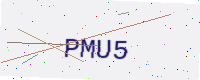
Text: PMU5